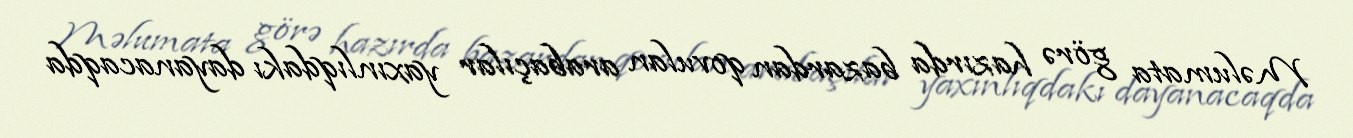
Məlumata görə hazırda bazardan qovulan arabaçılar yaxınlıqdakı dayanacaqda